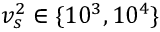
v _ { s } ^ { 2 } \in \{ 1 0 ^ { 3 } , 1 0 ^ { 4 } \}